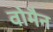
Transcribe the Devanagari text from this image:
वोमैन